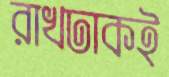
রাখঢাকই